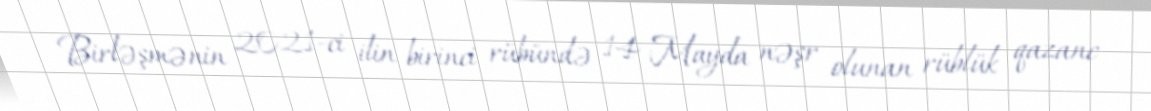
Birləşmənin 2021-ci ilin birinci rübündə 14 Mayda nəşr olunan rüblük qazanc